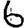
Digit: 6